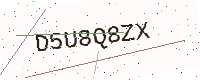
Text: D5U8Q8ZX